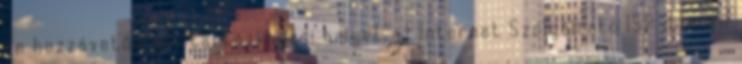
ön hozzávetőleges tartózkodási helyét az Internet Szolgáltató ISP domain